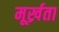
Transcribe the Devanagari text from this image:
मूर्ख्रता